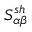
S _ { \alpha \beta } ^ { s h }